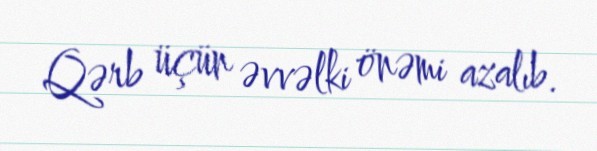
Qərb üçün əvvəlki önəmi azalıb.